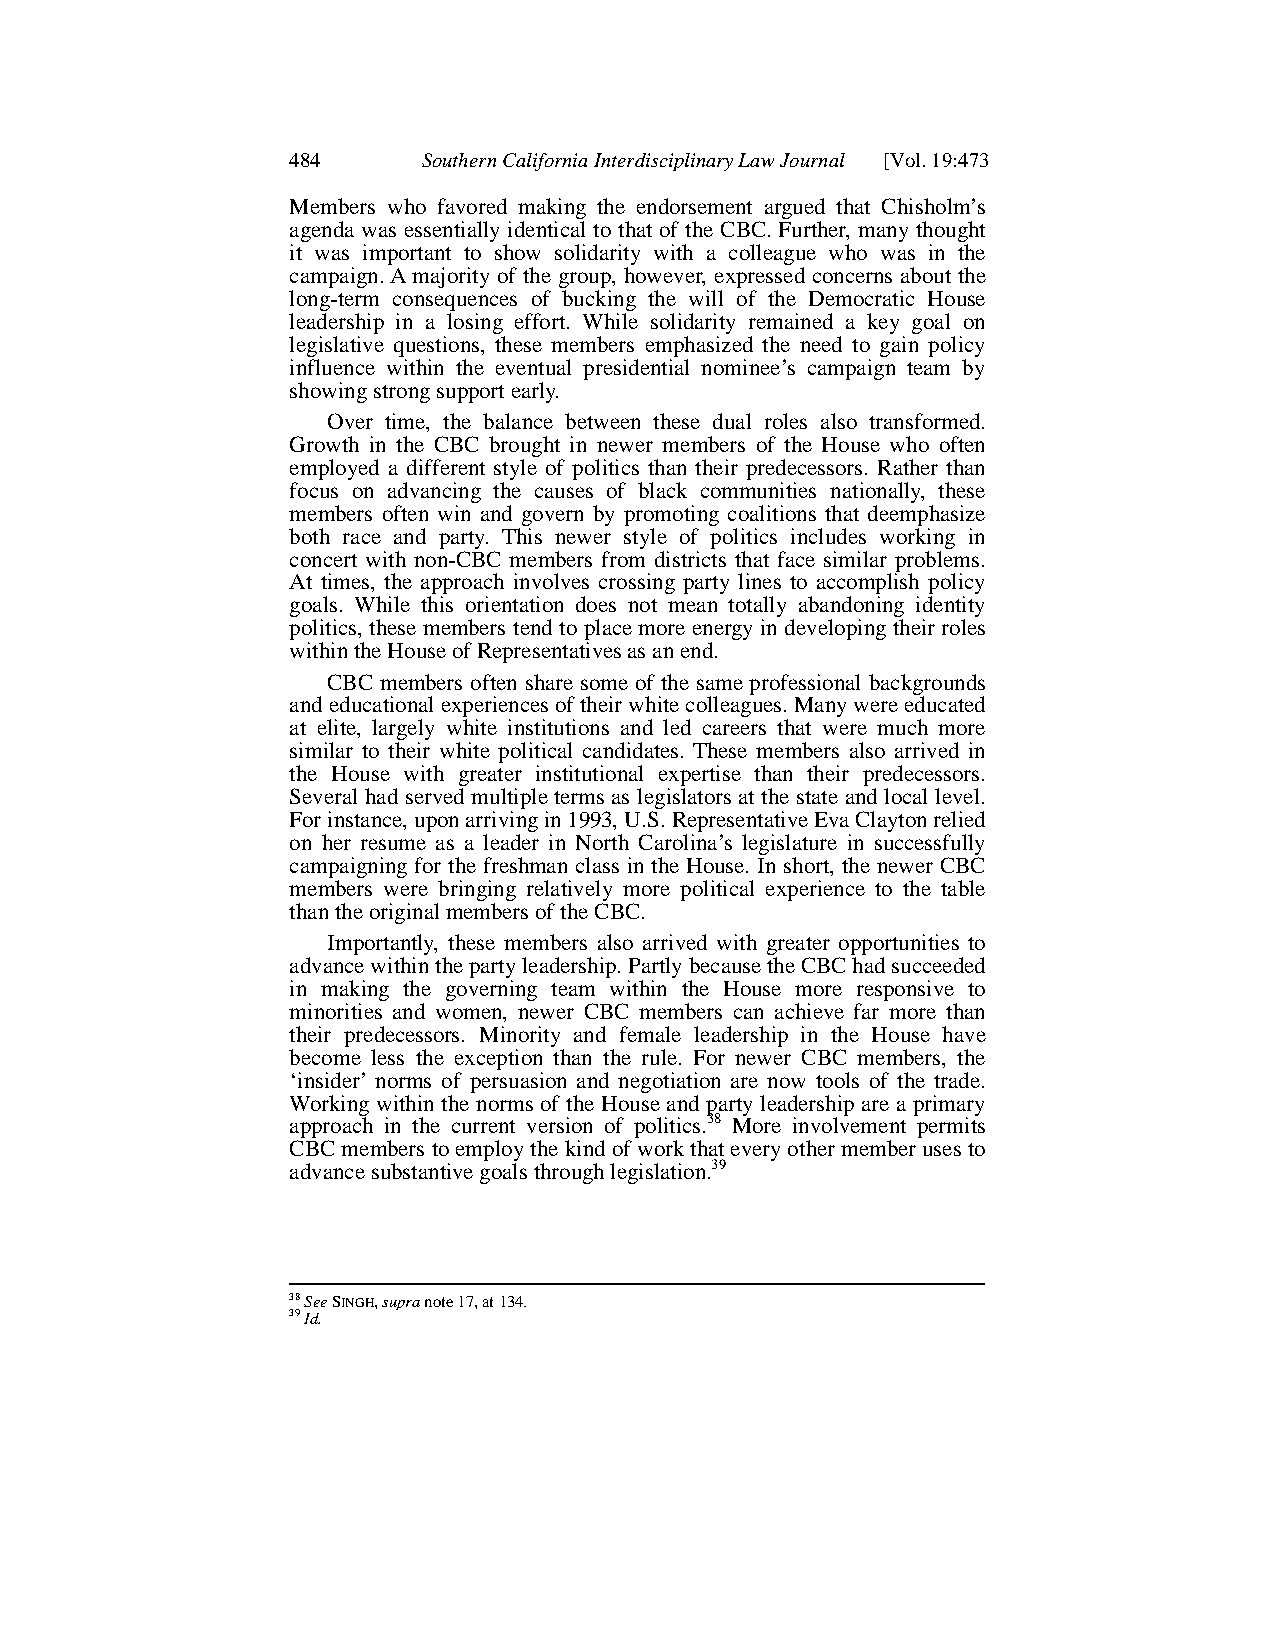
484      Southern California Interdisciplinary Law Journal [Vol. 19:473
 Members who favored making the endorsement argued that Chisholm’s
 agenda was essentially identical to that of the CBC. Further, many thought
 it was important to show solidarity with a colleague who was in the
 campaign.A majority of the group, however, expressed concerns about the
 long-term consequences of bucking the will of the Democratic House
 leadership in a losing effort. While solidarity remained a key goal on
 legislative questions, these members emphasized the need to gain policy
 influence within the eventual presidential nominee’s campaign team by
 showing strong support early.
 Over time, the balance between these dual roles also transformed.
 Growth in the CBC brought in newer members of the House who often
 employed a different style of politics than their predecessors. Rather than
 focus on advancing the causes of black communities nationally, these
 members often win and govern by promoting coalitions that deemphasize
 both race and party. This newer style of politics includes working in
 concert with non-CBC members from districts that face similar problems.
 At times, the approach involves crossing party lines to accomplish policy
 goals. While this orientation does not mean totally abandoning identity
 politics, these members tend to place more energy in developing their roles
 within the House of Representatives as an end.
 CBC members often share some of the same professional backgrounds
 and educational experiences of their white colleagues. Many were educated
 at elite, largely white institutions and led careers that were much more
 similar to their white political candidates. These members also arrived in
 the House with greater institutional expertise than their predecessors.
 Several had served multiple terms as legislators at the state and local level.
 For instance, upon arriving in 1993, U.S. Representative Eva Clayton relied
 on her resume as a leader in North Carolina’s legislature in successfully
 campaigning for the freshman class in the House. In short, the newer CBC
 members were bringing relatively more political experience to the table
 than the original members of the CBC.
 Importantly, these members also arrived with greater opportunities to
 advance within the party leadership. Partly because the CBC had succeeded
 in making the governing team within the House more responsive to
 minorities and women, newer CBC members can achieve far more than
 their predecessors. Minority and female leadership in the House have
 become less the exception than the rule. For newer CBC members, the
 ‘insider’ norms of persuasion and negotiation are now tools of the trade.
 Working within the norms of the House and party leadership are a primary
 approach in the current version of politics.38 More involvement permits
 CBCmembers to employ the kind of work that every other member uses to
 advance substantive goals through legislation.39
 38See SINGH,supranote 17, at 134.
 39Id.